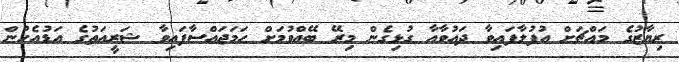
ރިޔާޒުގެ މައްޗަށް އުފުލާފައިވާ ދައުވާއާ ގުޅިގެން މިރޭ ބޭއްވުމަށް ހަމަޖައްސާފައިވާ ޝަރީއަތުގެ އަޑުއެހުން